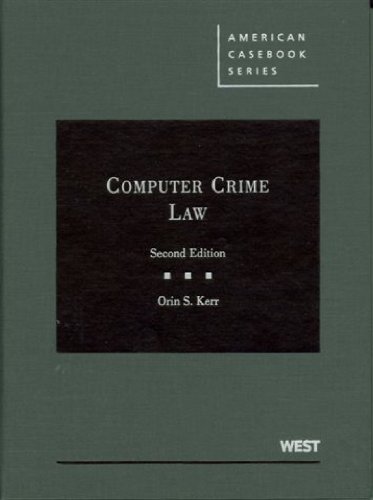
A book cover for Computer Crime Law, 2d (American Casebook); Orin S. Kerr; Computers & Technology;